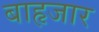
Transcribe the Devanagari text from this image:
बाहृजार